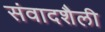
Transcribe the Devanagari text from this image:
संवादशैली